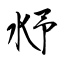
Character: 沀